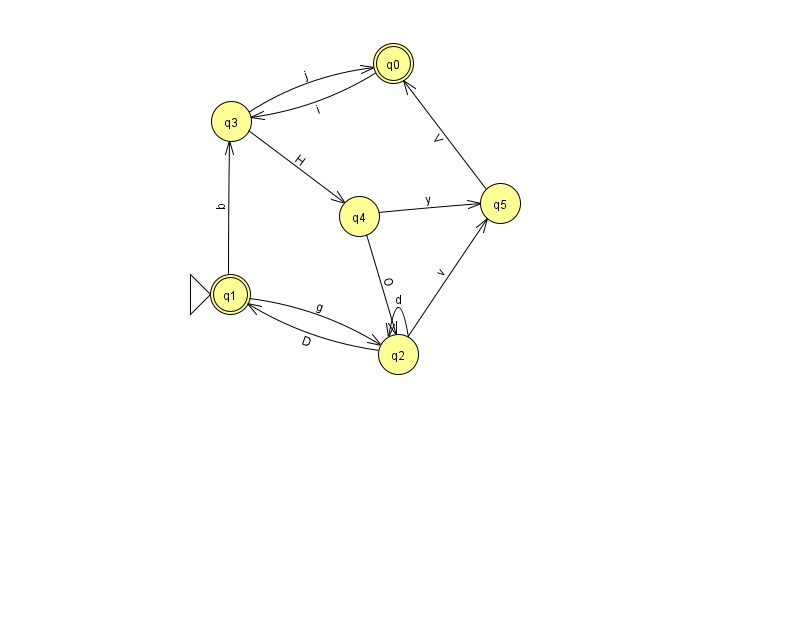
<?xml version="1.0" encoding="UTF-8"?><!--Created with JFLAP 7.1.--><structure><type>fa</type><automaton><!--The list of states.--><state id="0" name="q0"><x>393.0</x><y>50.0</y><final/></state><state id="1" name="q1"><x>230.0</x><y>281.0</y><initial/><final/></state><state id="2" name="q2"><x>398.0</x><y>341.0</y></state><state id="3" name="q3"><x>231.0</x><y>108.0</y></state><state id="4" name="q4"><x>359.0</x><y>203.0</y></state><state id="5" name="q5"><x>500.0</x><y>190.0</y></state><!--The list of transitions.--><transition><from>1</from><to>3</to><read>b</read></transition><transition><from>4</from><to>5</to><read>y</read></transition><transition><from>2</from><to>2</to><read>d</read></transition><transition><from>2</from><to>5</to><read>v</read></transition><transition><from>4</from><to>2</to><read>O</read></transition><transition><from>2</from><to>1</to><read>D</read></transition><transition><from>3</from><to>0</to><read>j</read></transition><transition><from>0</from><to>3</to><read>i</read></transition><transition><from>1</from><to>2</to><read>g</read></transition><transition><from>5</from><to>0</to><read>V</read></transition><transition><from>3</from><to>4</to><read>H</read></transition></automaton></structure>